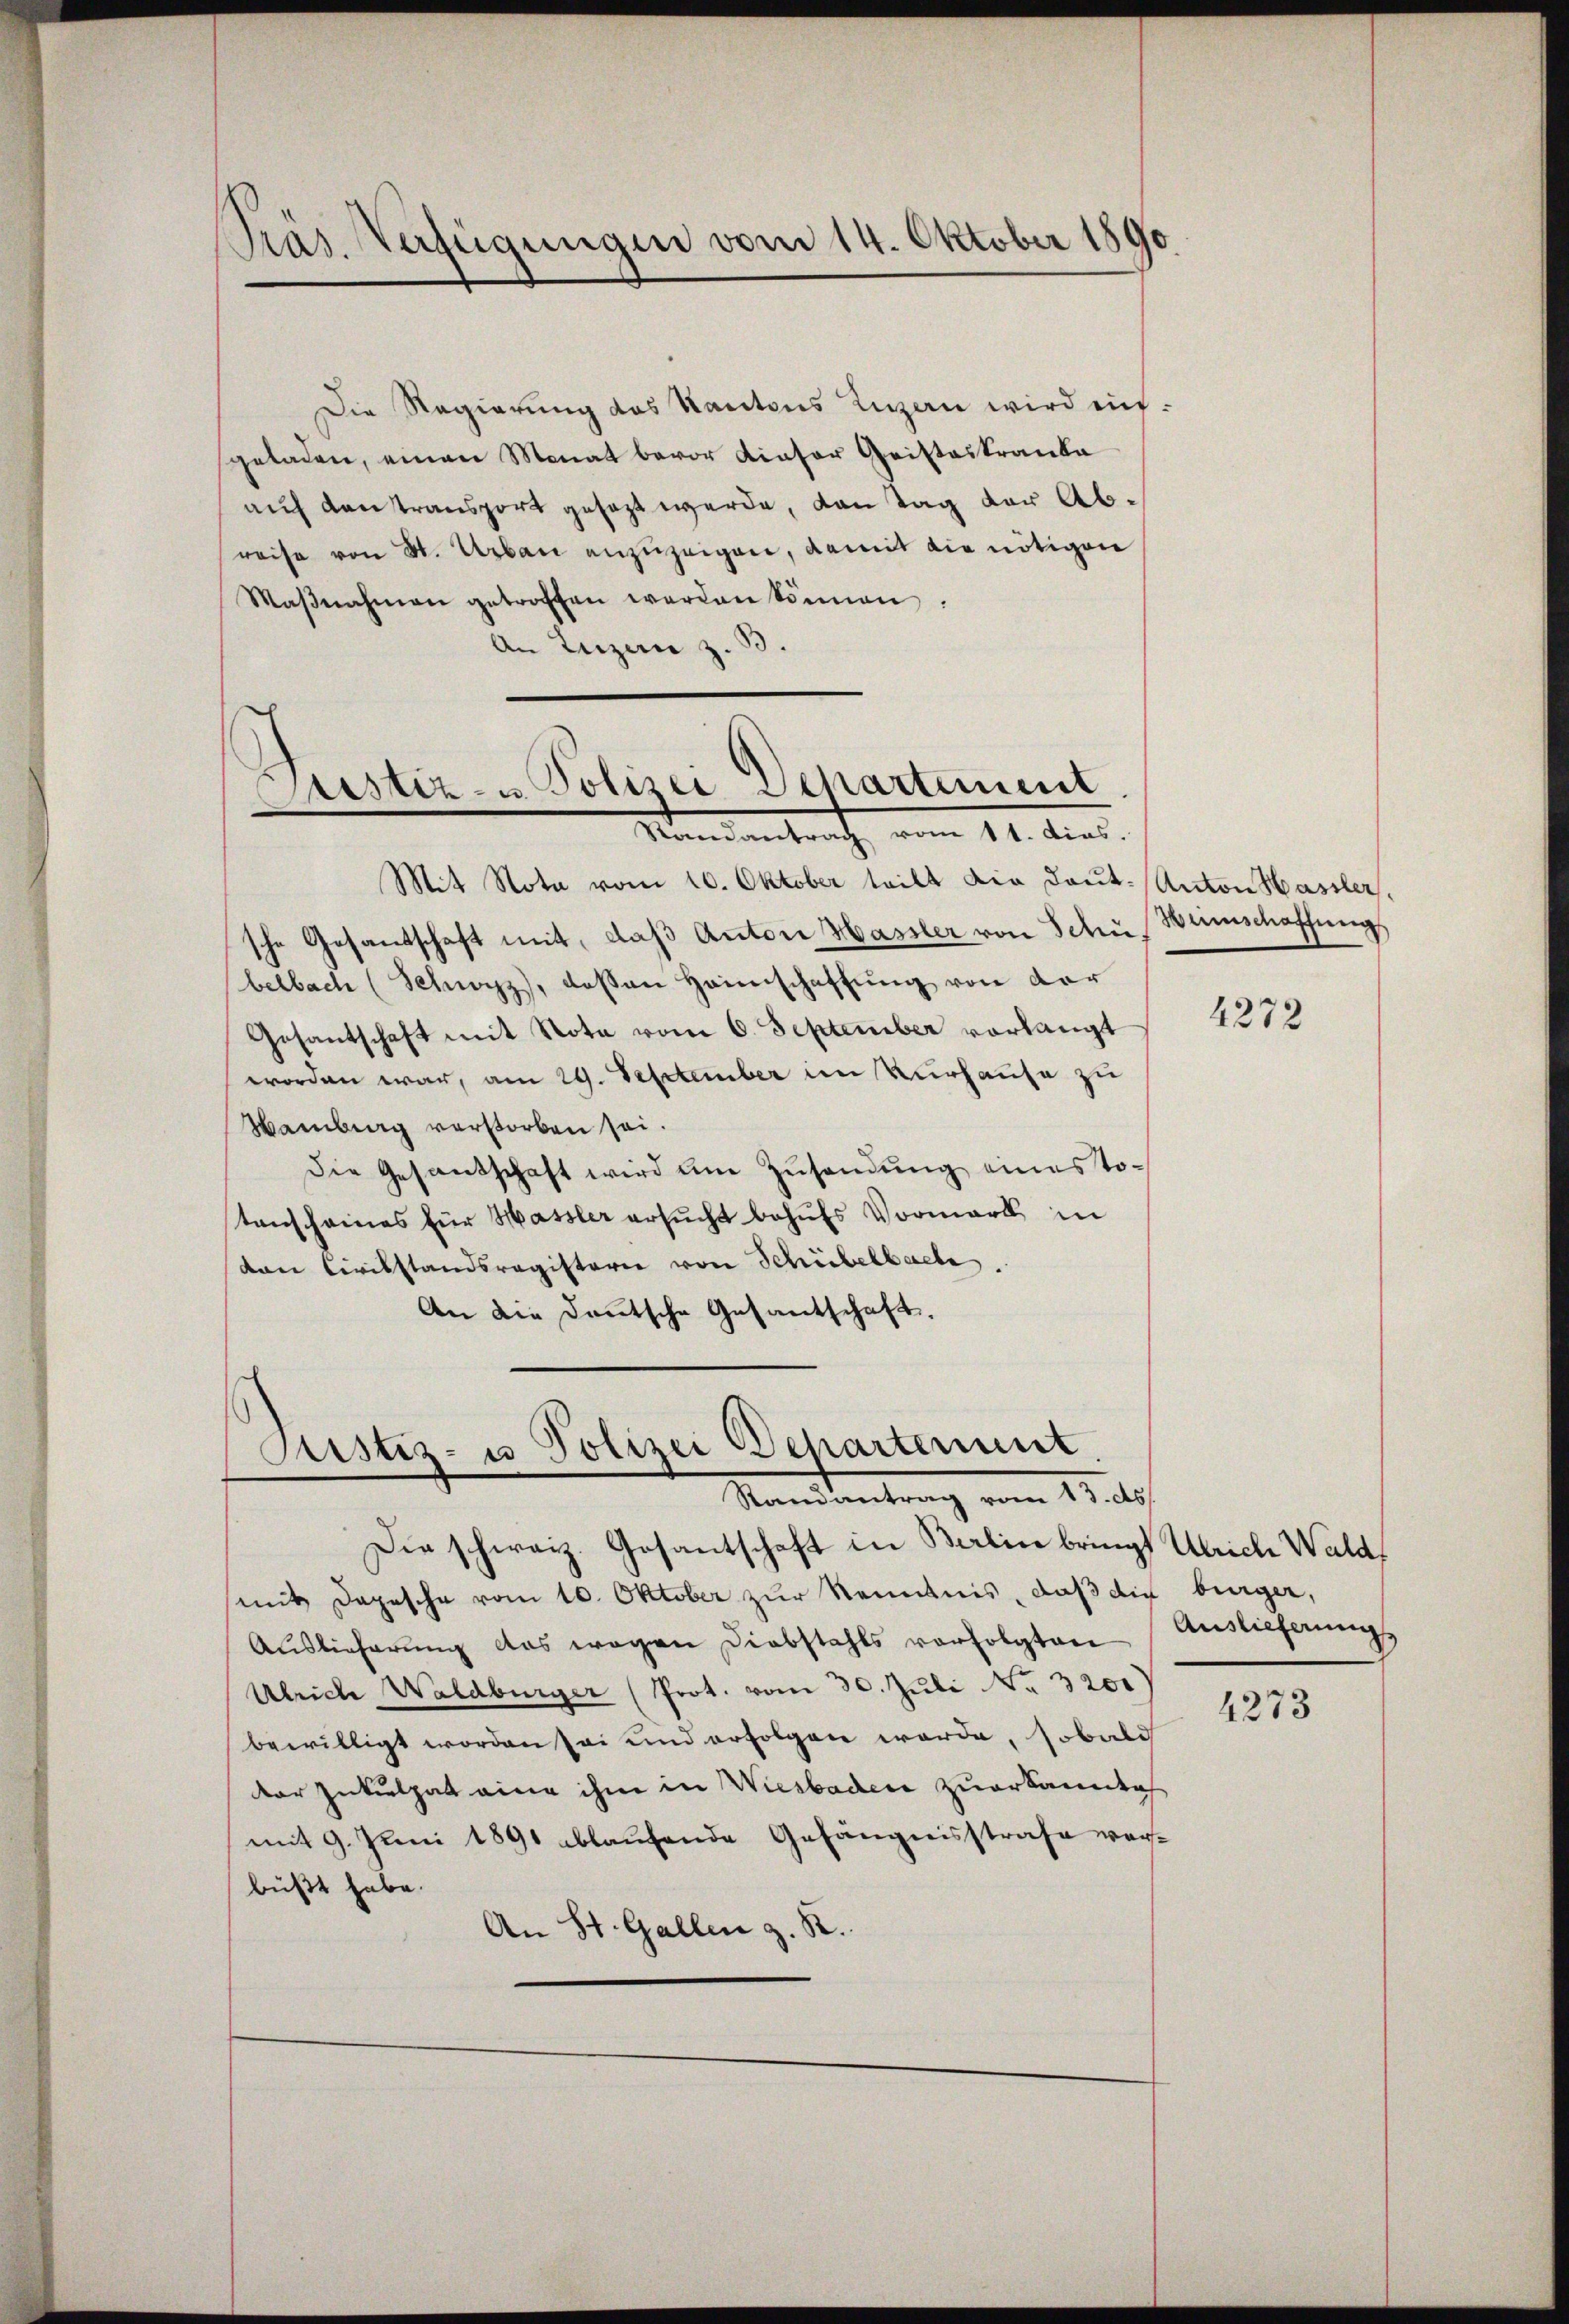
Die Regierung des Kantons Luzern wird aufgeladen, einen Monat bevor dieser Gristeskranke
auf Kontransport gesezt werde, von Tag der Abreise von St. Urban anzuzeigen, damit die nötigen
Maβnahmen getroffen werden können.
An Luzern z. B.

Präs. Verfügungen vom 14. Oktober 1890.

ustiz- u. Polizei Departement
Mandantrath vom 11. Art.

Mit Nota vom 10. Oktober teilt die Dout. Anton Hasler,
sche Gesandschaft mit, daß Anton Hassler von Schne Weinschaffung
belbach (Schwyz, dessen Heimschaffŭng von der
Gesantschaft mit Nota vom 6. September vorlangt
worden war, am 29. September im Verhause zu
Hamburg verstorben sei.
Die Gesandschaft wird um Zusendung einestotenscheines für Hassler ersucht behufs Vormark in
von Civilstandsregisterie von Schübelbache.
An die Deutsche Gesantschaft.

Justiz- u Polizei Departement
Mandantrag vom 15 als

Die schweiz. Gesantschaft in Berlin bringt Ulriche Waldmit Depesche vom 10. Oktober zur Kenntnis, daß die bürger,
Aŭslieferŭng das wegen Diebstahls verfolgten Auslieferungs
Ulriche Waldburger (Prot. vom 30. Juli No 3201)
bewilligt worden sei und erfolgen werde, sobald
der Inkulpat eine ihm in Wiesbader zuerkanntich
mit 9. Juni 1891 ablaufende Gefängnisstrafe verbüßt habe.
An St. Gallen z. R.

4272

4273